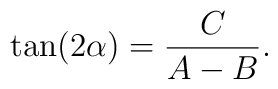
\tan(2\alpha) = {C\over A - B} .